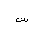
Letter: _sin